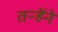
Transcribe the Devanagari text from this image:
तऱ्हेंने